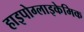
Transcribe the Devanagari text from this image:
हाइपोग्लाइकेमिक